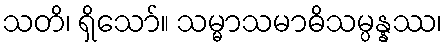
သတိ၊ ရှိသော်။ သမ္မာသမာဓိသမ္ပန္နဿ၊